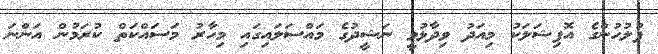
ފުލުހުންގެ އޮފިޝަލަކު މިއަދު ވިދާޅުވީ ނަޝީދުގެ މައްސަލައިގައި މިހާރު މަސައްކަތް ކުރަމުން އަންނަ